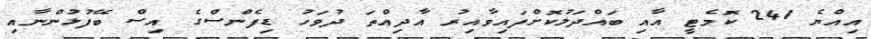
އިއްޔެ 241 ކޮމެޓީ އާއި ބައްދަލުކޮށްފައިވާއިރު އާދިއްތަ ދުވަހު ޑިފެންސްގެ އިސް ބޭފުޅުންނާއި